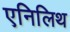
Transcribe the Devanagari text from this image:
एनिलिथ